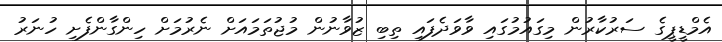
އެމްޑީޕީގެ ސަރުކާރުން މިގައުމުގައި ވާވަދެފައި ތިބި ޒުވާނުން މުޖުތަމައަށް ނެރުމަށް ހިންގާންފެށި ހުނަރު